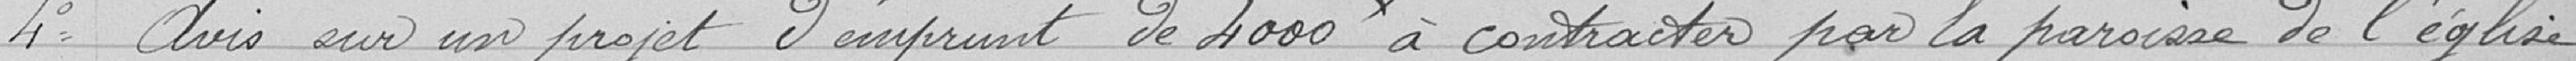
Séance extra ordinaire du 4 juin 1604